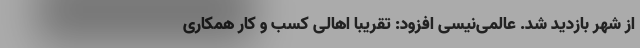
از شهر بازدید شد. عالمی‌نیسی افزود: تقریبا اهالی کسب و کار همکاری